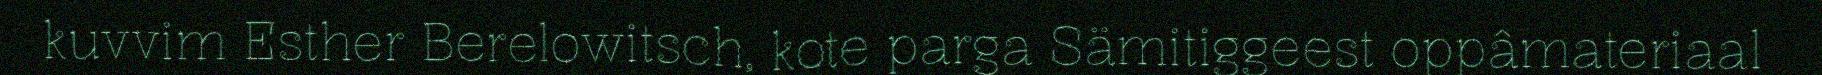
kuvvim Esther Berelowitsch, kote parga Sämitiggeest oppâmateriaal